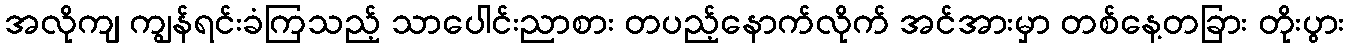
အလိုကျ ကျွန်ရင်းခံကြသည့် သာပေါင်းညာစား တပည့်နောက်လိုက် အင်အားမှာ တစ်နေ့တခြား တိုးပွား